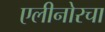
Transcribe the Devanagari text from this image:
एलीनोरचा